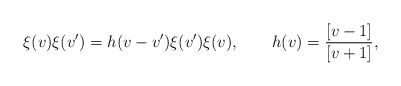
\begin{align*}\xi(v)\xi(v')=h(v-v')\xi(v')\xi(v),\qquad h(v)=\frac{[v-1]}{[v+1]},\end{align*}